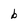
Character: b